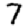
Digit: 7